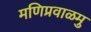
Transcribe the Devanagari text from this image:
मणिप्रवाळमु